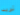
تريد